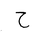
Letter: _ha